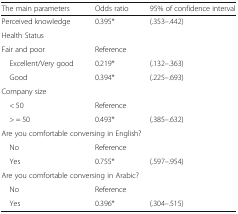
<table><thead><tr><td><b>The main parameters</b></td><td><b>Odds ratio</b></td><td><b>95% of confidence interval</b></td></tr></thead><tbody><tr><td>Perceived knowledge</td><td>0.395*</td><td>(.353–.442)</td></tr><tr><td colspan="3">Health Status</td></tr><tr><td>Fair and poor</td><td colspan="2">Reference</td></tr><tr><td> Excellent/Very good</td><td>0.219*</td><td>(.132–.363)</td></tr><tr><td> Good</td><td>0.394*</td><td>(.225–.693)</td></tr><tr><td colspan="3">Company size</td></tr><tr><td> &lt; 50</td><td colspan="2">Reference</td></tr><tr><td> &gt; = 50</td><td>0.493*</td><td>(.385–.632)</td></tr><tr><td colspan="3">Are you comfortable conversing in English?</td></tr><tr><td> No</td><td colspan="2">Reference</td></tr><tr><td> Yes</td><td>0.755*</td><td>(.597–.954)</td></tr><tr><td colspan="3">Are you comfortable conversing in Arabic?</td></tr><tr><td> No</td><td colspan="2">Reference</td></tr><tr><td> Yes</td><td>0.396*</td><td>(.304–.515)</td></tr></tbody></table>